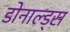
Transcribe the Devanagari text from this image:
डोनाल्ड्स